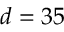
d = 3 5